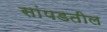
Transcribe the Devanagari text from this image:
सांपडतील